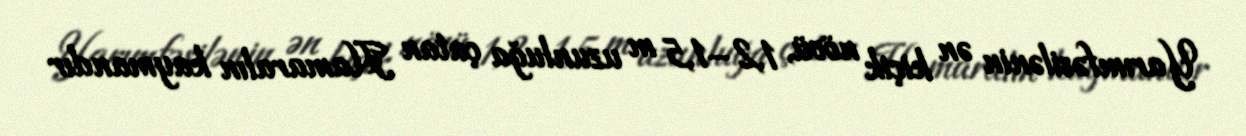
Yarımfəsilənin ən kiçik növü, 1,2–1,5 m uzunluğa çatan Hamaralın kaymandır